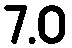
7.0